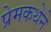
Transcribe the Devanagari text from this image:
प्रेमकथेने